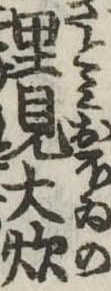
里見大炊